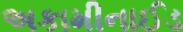
અકામીનાઈડ